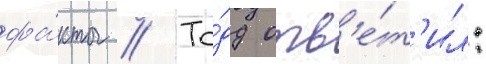
фа́кты // То́дд отв'е́т'ил: